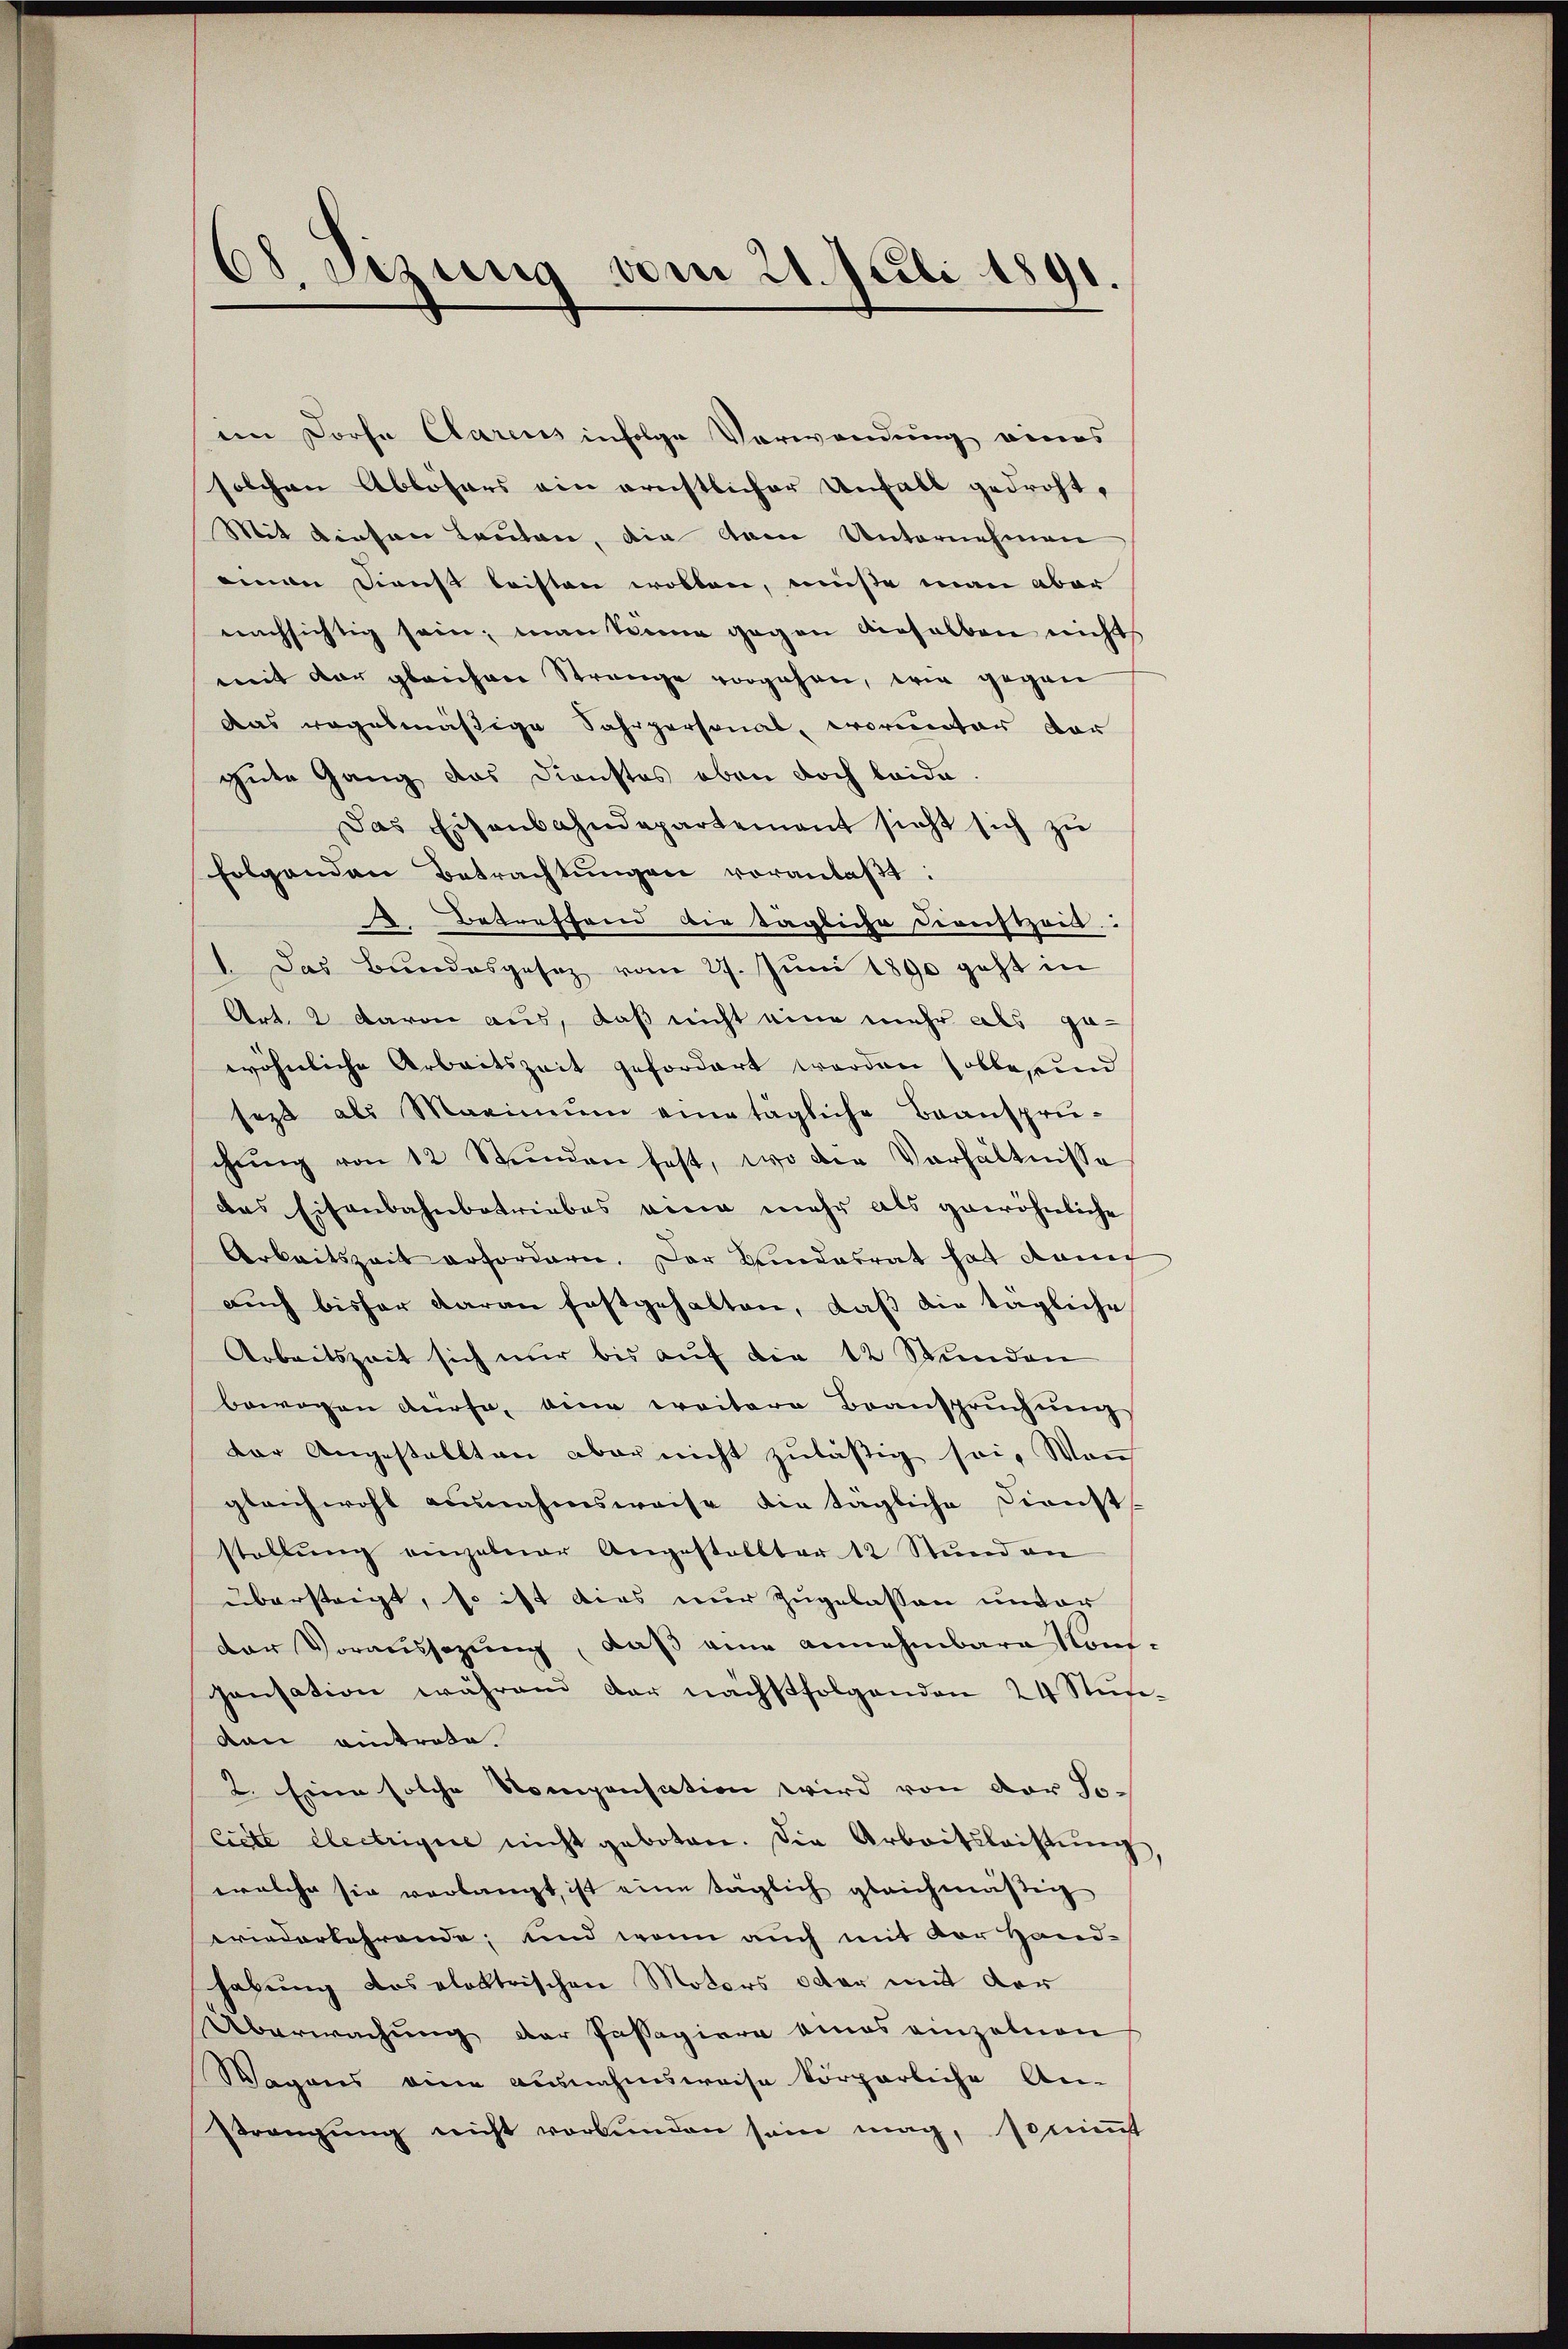
68. Sizung vom 21. Juli 1891.

im Dorfe Clarius infolge Verwendung eines
solchen Ablösers ein ernstlicher Unfall gedroht,
Mit diesen Lauten, die kam Unternehmen
eian Dienst leisten wollen, müße man aber
nachsichtig sein, man keine gegen verhalben nicht
mit der gleichen Strange vorgehen, wie gegen
das regelmäßige Sahrpersonal, worunter vor
gute Gang das Dienstes oben doch leide.
Das Eisenbahndepartement sicht sich zŭ
folgenden Betrachtungen voranlaßt:
Betreffend die tägliche Diensteilt:
1. Das Bundesgesez vom 27. Juni 1890 geht in
Art. 2 davon aus, daß nicht eine mehr als ge-
wöhnliche Arbeitszeit gefordert worden solle, und
sezt als Maximŭm eine tägliche Beansprü-
chŭng von 12 Stunden fest, wo die Verhältnisse
das Eisenbahnbetriebes eine mehr als gewöhnliche
Arbeitszeit erfordern. Der Kindesrat hat danech
auch bisher daran festgehalten, daß die tägliche
Arbeitszeit sich nŭr bis aŭf die 12 Stŭnden
bewogen dürfe, eine weitere Beanspruchung
der Angestellten aber nicht zuläßig sei. Wen
gleichwohl ausnahmsweise die tägliche Dienst
stellŭng einzelner Angestellter 12 Stund an
übersteigt, so ist dies nur zugelassen undar
der Voraussezung, daß eine annehmbare Konpansation während der nächstfolgenden 24 Stufevan eintrode.
2. Eine solche Kompensation wird von der Jo-
ciett electrigue nicht geboten. Die Arbeitsleistŭng,
welche sie verlangt, ist eine täglich gleichmäßig
wiederkehrende, und wenn auch mit vor Hand-
habung des elektrischen Motors oder mit der
Überwachung der Passagiere eines einzelnen
Wagens eine ausnahmsweise körperliche An-
Strengung nicht verbunden sein mag, sonent